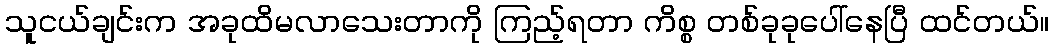
သူငယ်ချင်းက အခုထိမလာသေးတာကို ကြည့်ရတာ ကိစ္စ တစ်ခုခုပေါ်နေပြီ ထင်တယ်။